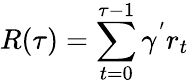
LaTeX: R(\tau)=\sum_{t=0}^{\tau-1}\gamma^{'}r_{t}